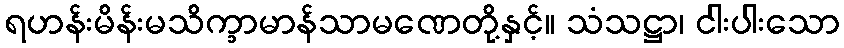
ရဟန်းမိန်းမသိက္ခာမာန်သာမဏေတို့နှင့်။ သံသဋ္ဌာ၊ ငါးပါးသော